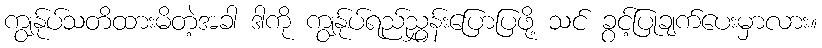
ကျွန်ုပ်သတိထားမိတဲ့အခါ ဒါကို ကျွန်ုပ်ရည်ညွှန်းပြောပြဖို့ သင် ခွင့်ပြုချက်ပေးမှာလား။